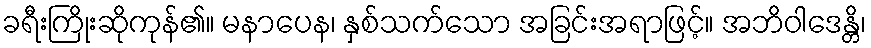
ခရီးကြိုးဆိုကုန်၏။ မနာပေန၊ နှစ်သက်သော အခြင်းအရာဖြင့်။ အဘိဝါဒေန္တိ၊